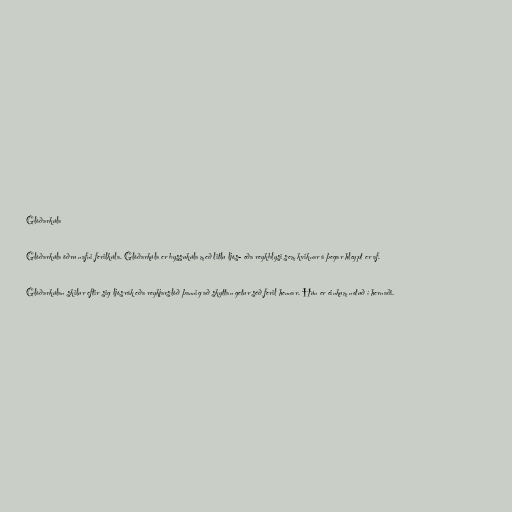
Glóðarkúla

Glóðarkúla öðru nafni ferilkúla. Glóðarkúla er byssukúla með litlu ljós- eða reykblysi sem kviknar á þegar hleypt er af.

Glóðarkúlan skilur eftir sig ljósrák eða reykjarslóð þannig að skyttan getur séð feril hennar. Hún er einkum notuð í hernaði.